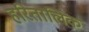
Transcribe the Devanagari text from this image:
हरितालिक